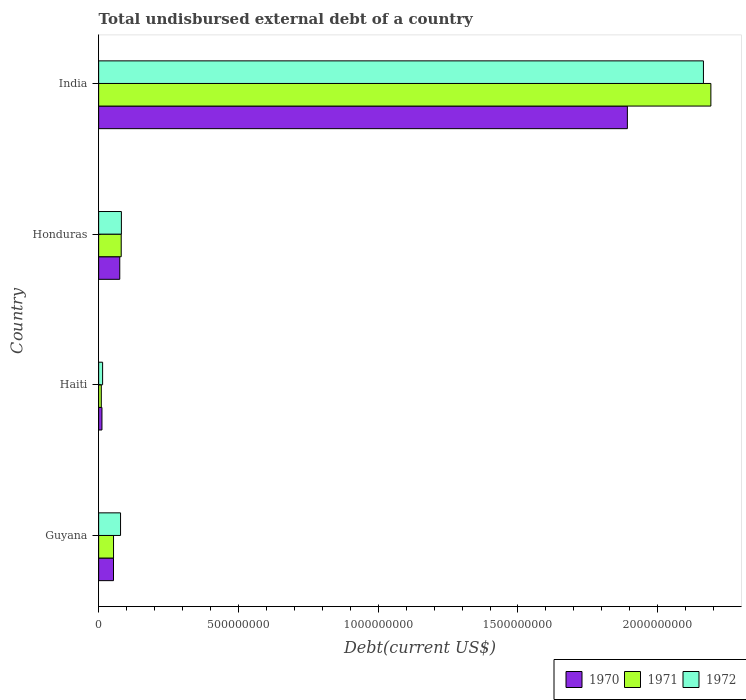
| Country | 1970 | 1971 | 1972 |
 | --- | --- | --- | --- |
 | Guyana | 5.32e+07 | 5.33e+07 | 7.84e+07 |
 | Haiti | 1.19e+07 | 9.53e+06 | 1.42e+07 |
 | Honduras | 7.56e+07 | 8.08e+07 | 8.14e+07 |
 | India | 1.89e+09 | 2.19e+09 | 2.16e+09 |